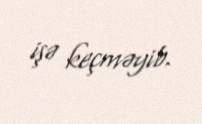
işə keçməyib.